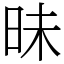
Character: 昧